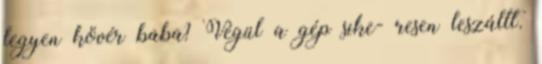
legyen kövér baba? Végül a gép sike- resen leszállt.